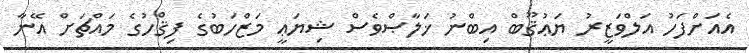
އެއަށްފަހު އަލްވަޒީރު ޔަޢުޤޫބް އިބްނު ޚަލާޞްވެސް ޝިޔަޢީ މަޒްހަބުގެ ފިޤްހުގެ މައްޗަށް އޭނާ